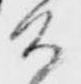
公